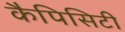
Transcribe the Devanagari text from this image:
कैपिसिटी